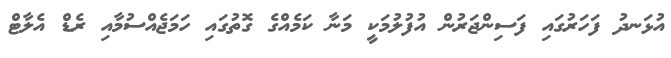
އުޅަނދު ފަހަރުގައި ފަސިންޖަރުން އުފުލުމަކީ މަނާ ކަމެއްގެ ގޮތުގައި ހަމަޖެއްސުމާއި ރެޑް އެލާޓް